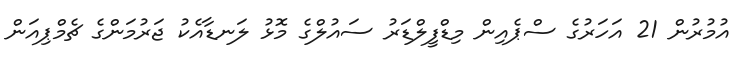
އުމުރުން 21 އަހަރުގެ ސްޕެއިން މިޑްފީލްޑަރު ސައުލްގެ މޮޅު ލަނޑާއެކު ޖަރުމަންގެ ޗެމްޕިއަން